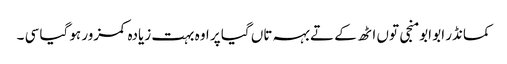
کمانڈر ابو ابو منجی توں اٹھ کے تے بہہ تاں گیا پر اوہ بہت زیادہ کمزور ہو گیا سی ۔